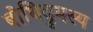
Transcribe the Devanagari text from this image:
बोधिद्रुमस्य